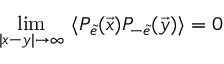
\operatorname * { l i m } _ { \vert x - y \vert \rightarrow \infty } ~ \langle P _ { \tilde { e } } ( \vec { x } ) P _ { - \tilde { e } } ( \vec { y } ) \rangle = 0